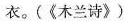
衣。(《木兰诗》)